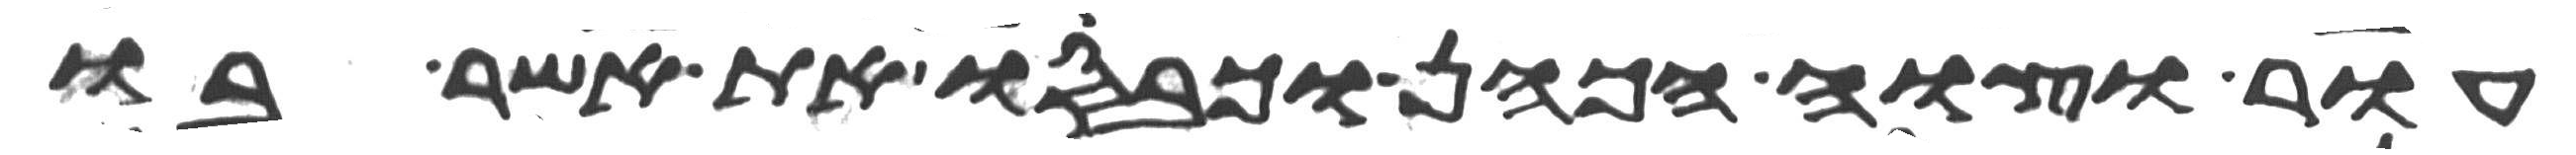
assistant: עור וצוה הכהן וכבסו את אשר בו